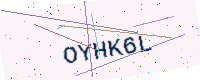
Text: OYHK6L